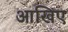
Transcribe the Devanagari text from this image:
आखिए